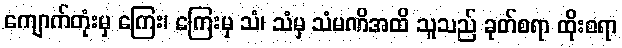
ကျောက်တုံးမှ ကြေး၊ ကြေးမှ သံ၊ သံမှ သံမဏိအထိ သူသည် ခုတ်စရာ ထိုးစရာ